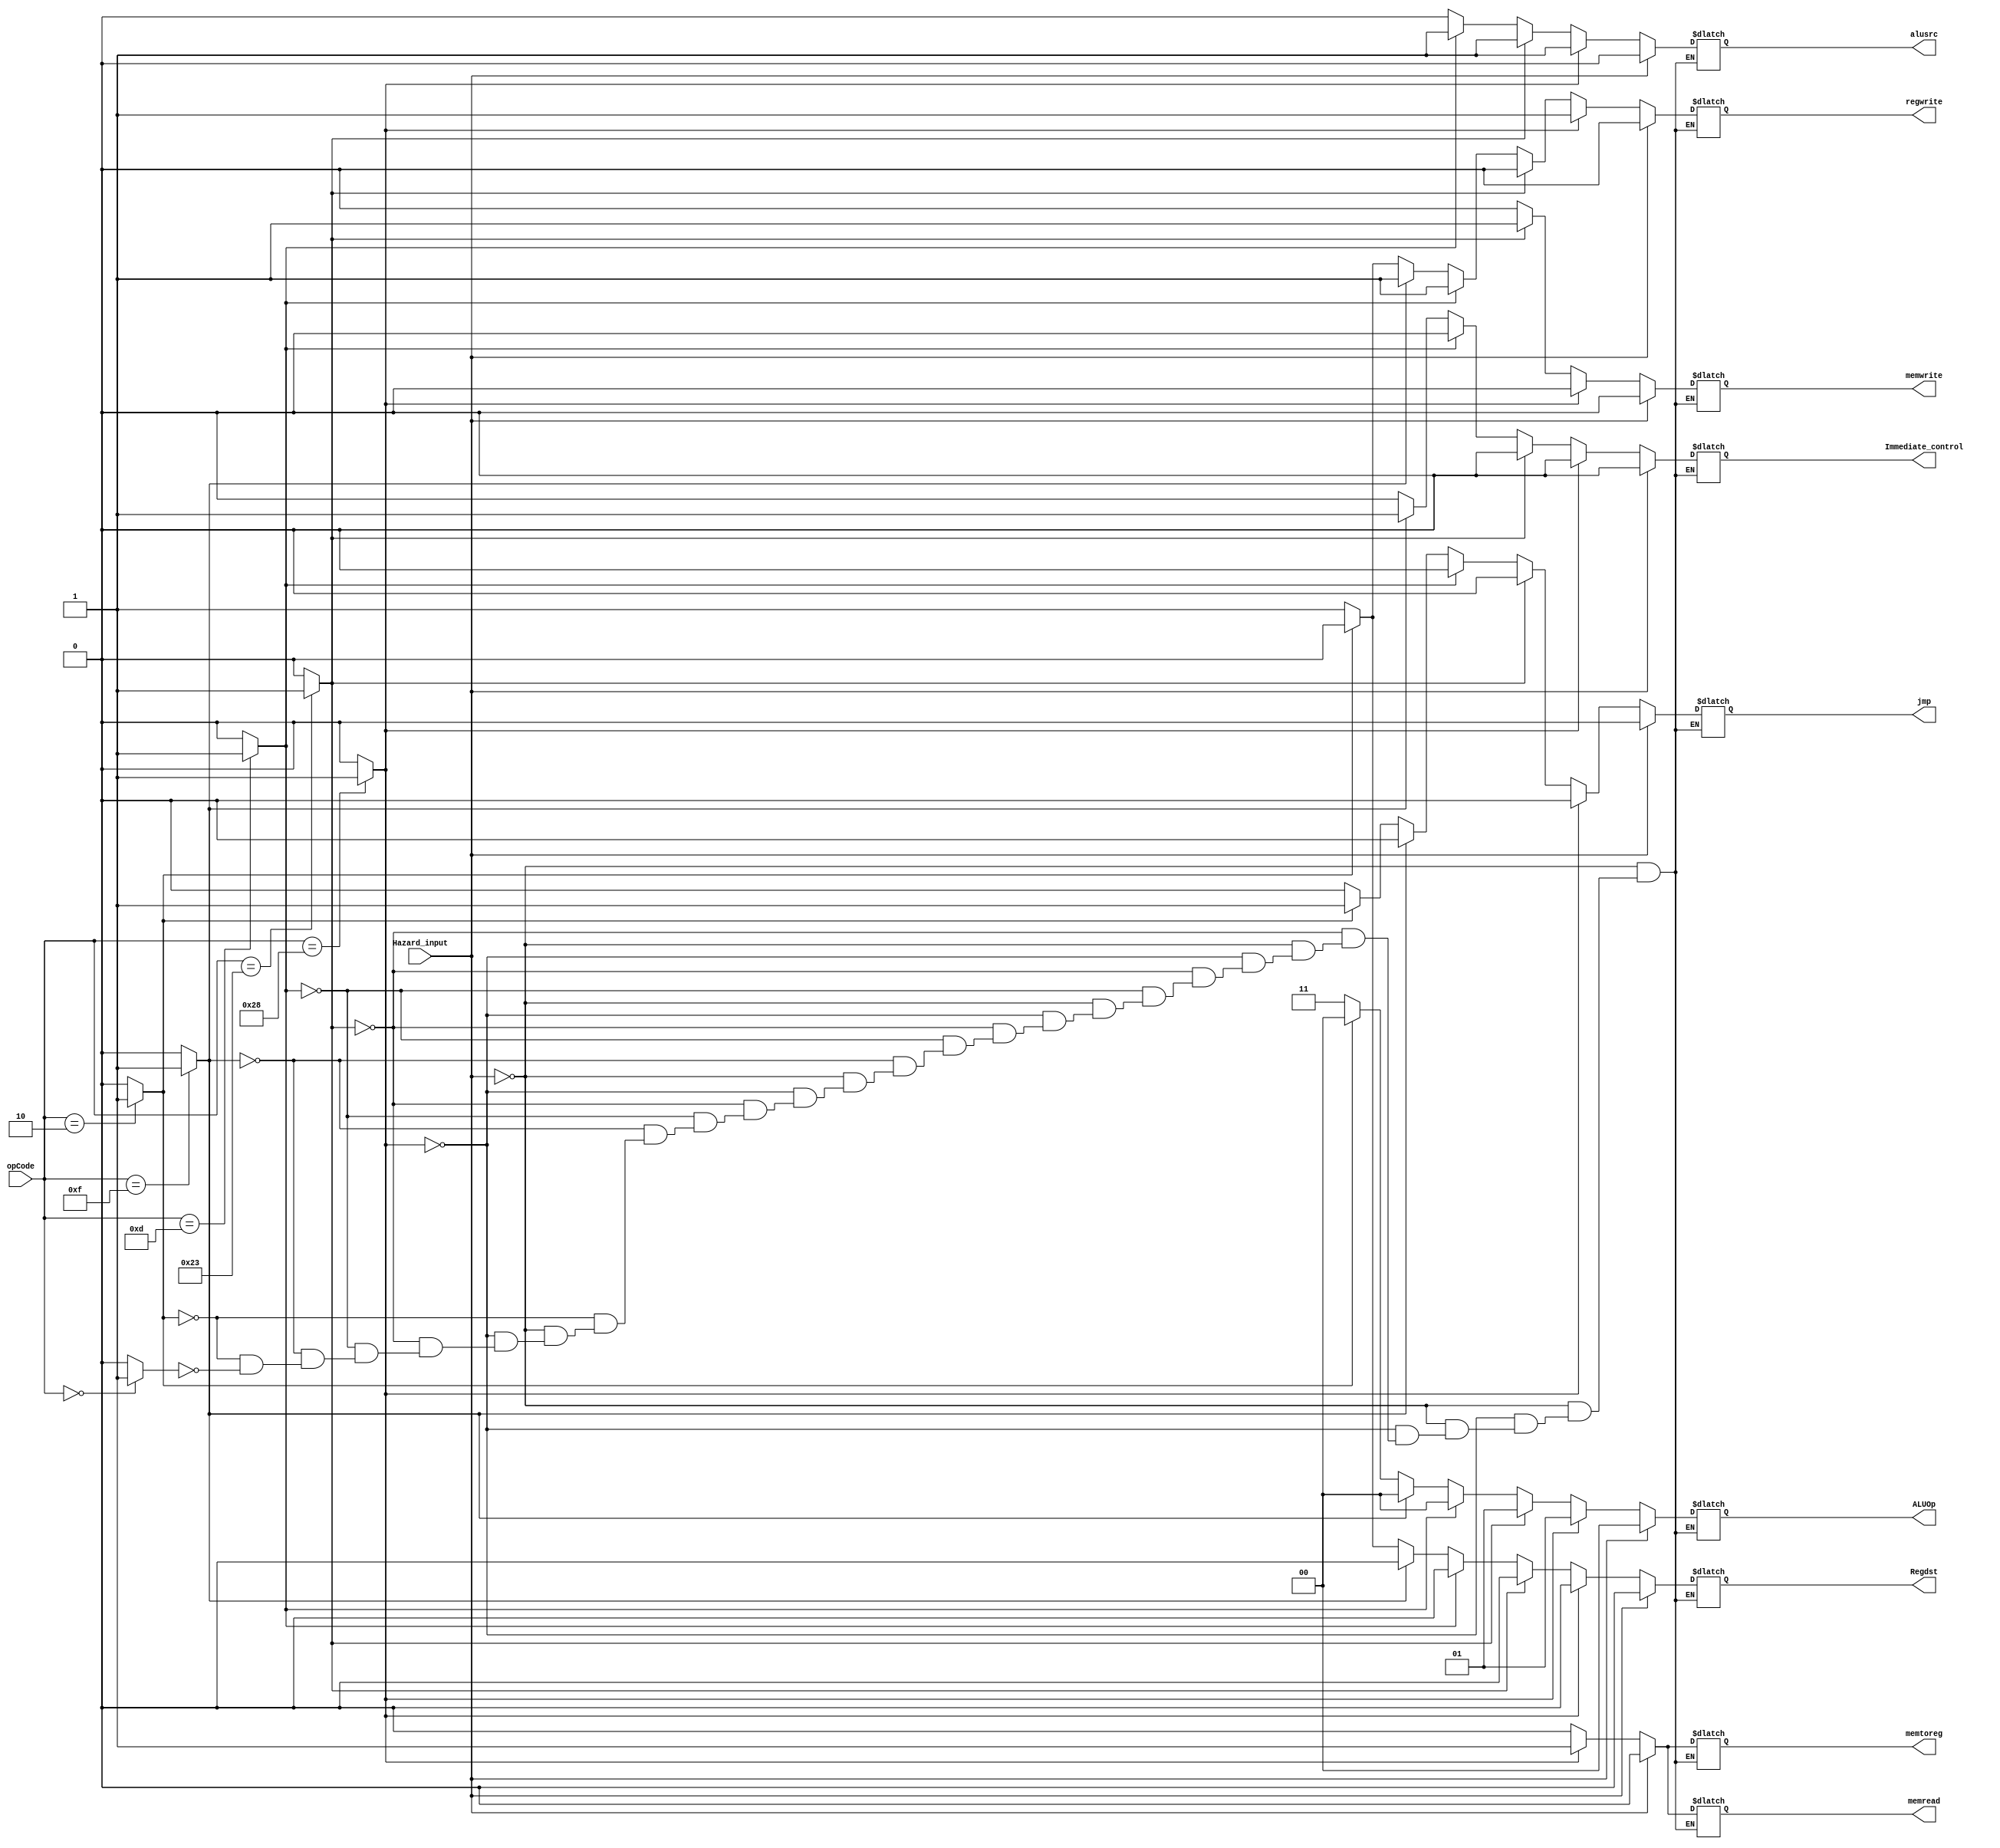
`timescale 1ns / 1ps
//////////////////////////////////////////////////////////////////////////////////
// Company: 
// Engineer: 
// 
// Design Name: 
// Module Name: Control_unit
// Project Name: 
// Target Devices: 
// Tool Versions: 
// Description: 
// 
// Dependencies: 
// 
// Revision:
// Revision 0.01 - File Created
// Additional Comments:
// 
//////////////////////////////////////////////////////////////////////////////////


module Control_unit(
    input [5:0] opCode,
    input Hazard_input,
    output reg jmp,
    output reg alusrc,
    output reg [1:0] ALUOp,
    output reg Regdst,
    output reg memwrite, memread,
    output reg memtoreg,regwrite,
    output reg Immediate_control
    );
    
    wire lwInstruction;
    wire swInstruction;
    wire oriInstruction;
    wire luiInstruction;
    wire jInstruction;
    wire sltInstruction;
    wire mulInstruction;
 
    assign lwInstruction = (opCode == 6'b101000) ? 1'b1 : 1'b0;
    assign swInstruction = (opCode == 6'b100011) ? 1'b1 : 1'b0;
    assign oriInstruction = (opCode == 6'b001101) ? 1'b1 : 1'b0;
    assign luiInstruction = (opCode == 6'b001111) ? 1'b1 : 1'b0;
    assign jInstruction = (opCode == 6'b000010) ? 1'b1 : 1'b0;
    assign sltInstruction = (opCode == 6'b000000 ) ? 1'b1 : 1'b0;
   

 
 always @(*)
 begin
  if (Hazard_input ==1 ) 
  begin
              jmp = 0;
              alusrc = 0;
              ALUOp [1:0] = 00; 
              Regdst = 0;
              memwrite = 0;
              memread = 0;
              memtoreg = 0;
              regwrite = 0;
              Immediate_control = 0; 
              
     end
     
     else  begin
 
    if(lwInstruction)
    begin
              jmp = 0;
              alusrc = 1;
              ALUOp [1:0] = 01; 
              Regdst = 0;
              memwrite = 0;
              memread = 1;
              memtoreg = 1;
              regwrite = 1;
              Immediate_control = 0; 
    end
    else if (swInstruction)
    begin
              jmp = 0;
              alusrc = 1;
              ALUOp [1:0] = 01; 
              Regdst = 0;
              memwrite = 1;
              memread = 0;
              memtoreg = 0;
              regwrite = 0;
              Immediate_control = 0; 
    end
    else if (oriInstruction)
    begin
              jmp = 0;
              alusrc = 1;
              ALUOp [1:0] = 00; 
              Regdst = 0;
              memwrite = 0;
              memread = 0;
              memtoreg = 0;
              regwrite = 1;
              Immediate_control = 0;  
    end
    else if (luiInstruction)
    begin
              jmp = 0;
              alusrc = 0;
              ALUOp [1:0] = 00; 
              Regdst = 0;
              memwrite = 0;
              memread = 0;
              memtoreg = 0;
              regwrite = 1;
              Immediate_control = 1;  
    end
     else if (jInstruction)
    begin
              jmp = 1;
              alusrc = 0;
              ALUOp [1:0] = 00; 
              Regdst = 0;
              memwrite = 0;
              memread = 0;
              memtoreg = 0;
              regwrite = 0;
              Immediate_control = 0;  
    end
    else if (sltInstruction)
    begin
              jmp = 0;
              alusrc = 0;
              ALUOp [1:0] = 11; 
              Regdst = 1;
              memwrite = 0;
              memread = 0;
              memtoreg = 0;
              regwrite = 1;
              Immediate_control = 0; 
    end
    
    
 end
 end
 
endmodule